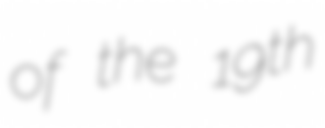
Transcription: of the 19th